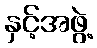
နှင့်အဖွဲ့